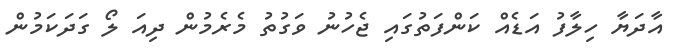
އާދަޔާ ހިލާފު އަޑެއް ކަންފަތުގައި ޖެހުނު ވަގުތު މެރެމުން ދިއަ ލޯ ގަދަކަމުން